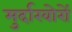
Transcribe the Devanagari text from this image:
मुर्दाखोरों